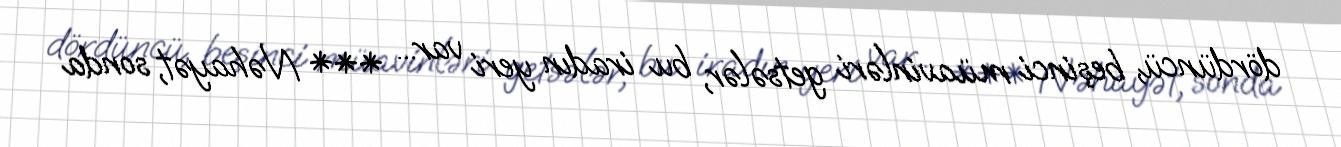
dördüncü, beşinci müavinləri getsələr, bu iradın yeri var... *** Nəhayət, sonda